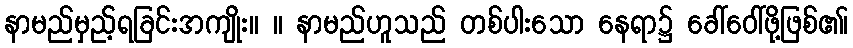
နာမည်မှည့်ရခြင်းအကျိုး။ ။ နာမည်ဟူသည် တစ်ပါးသော နေရာ၌ ခေါ်ဝေါ်ဖို့ဖြစ်၏၊